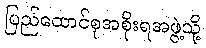
ပြည်ထောင်စုအစိုးရအဖွဲ့သို့